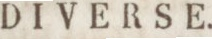
DIVERSE.